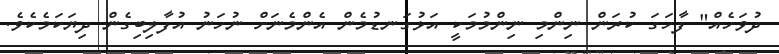
ދުވަހެއް" ފާހަގަ ކުރަން ނިންމި ނިންމުމަކީ އަޅުގަނޑުމެން އެންމެނަށް ނުހަނު އުފާލިބިގެން ދިޔަކަމެކެވެ.